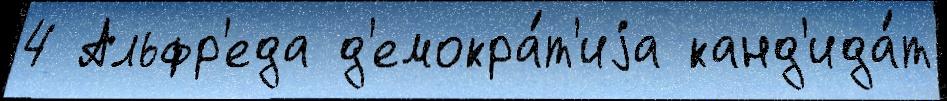
4 Альфр'еда д'емокра́т'иjа канд'ида́т